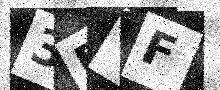
Text: 3EVF